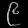
Digit: ၉